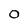
Character: 0